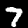
Digit: 7